Papaver somniferum - Opium : an extract from the sixth volume of the Dictionary of Economic Products of India
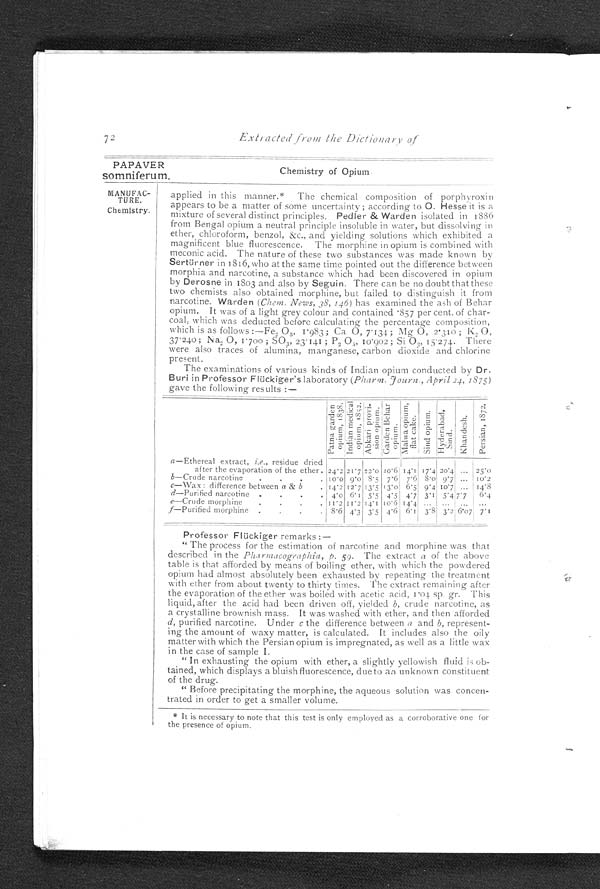
72
Extracted from the Dictionary of
PAPAVER
somniferum.
Chemistry of Opium
MANUFAC
-
TURE.
Chemistry.
applied in this manner.* The chemical composition of porphyroxin
appears to be a matter of some uncertainty ; according to 0. Hesse it is a
mixture of several distinct principles. Pedler & Warden isolated in 1886
from Bengal opium a neutral principle insoluble in water, but dissolving in
ether, chloroform, benzol, &c., and yielding solutions which exhibited a
magnificent blue fluorescence. The morphine in opium is combined with
meconic acid. The nature of these two substances was made known by
Sertürner in 1816, who at the same time pointed out the difference between
morphia and narcotine, a substance which had been discovered in opium
by Derosne in 1803 and also by Seguin. There can be no doubt that these
two chemists also obtained morphine, but failed to distinguish it from
narcotine. Warden (Chem. News, 38, 146) has examined the ash of Behar
opium. It was of a light grey colour and contained • 857 per cent. of char
- c o a 1 ; w h i c h w a s d e d u c t e d b e f o r e c a l c u l a t i n g t h e p e r c e n t a g e c o m p o s i t i o n ,
which is as follows :—Fe2 03, I • 9 8 3 ; C a O , 7 . 1 3 4 ; M g O , 2 . 3 1 0 ; K 2 0 ,
37.240; Na2 0, 1
; SO3, 23.141 ; P2, 05,1 0.
9 0 2 ; S i O 2 ,1
5 . 2 7 4 . T h e r e
were also traces of alumina, manganese, carbon dioxide and chlorine
present.
The examinations of various kinds of Indian opium conducted by Dr.
Buri in Professor Flückiger's laboratory (Pharm. Journ., April 24 , 1 8 7 5 )
gave the following results :—
P a t n a g a r d e n o p i u m , 1 8 3 8 .
I n d i a n m e d i c a l o p i u m , 1 8 5 2
A b k a r i p r o v i s i o n o p i u m .
G a r d e n B e h a r O p i u m .
M a l w a O p i u m f l a t c a k e .
S i n d o p i u m . Hy d e r a b a d Si n d .
K h a n d e s h
P e r s i a n , 1 8 7 2 .
a —Ethereal extract, i.e., residue dried
after the evaporation of the ether.
2 4 . 2 21.7 22.0 20.6 14.1 17.4 20.4 ... 25.0
b —Crude narcotine . . .
1 0 . 0
9 . 0
8 . 5
7 . 6
7 . 6 8.0
9 . 7 ... 10.2
c—Wax : difference between a & b
. 14.2 12.7
1 3 . 5
1 3 . 0
6 . 5 9.4
1 0 . 7 ... 14.8
d—Purified narcotine .
.
.
4 . 0 6.1 5.5 4.5 4.7 3.1
5 . 4 7.7 6.4
e—Crude morphine
.
.
.
.
1 1 . 2 11.2 14.1
1 0 . 6
1 4 . 4 ...
. . .
. . .
. . .
f—Purified morphine .
.
.
. 8.6 4.3 3.5 4.6
6 . 1 3.8 3.2
6 . 0 7
7.1
Professor Flückiger remarks :
—
" The process for the estimation of narcotine and morphine was that
described in the Pharmacographia, p. 59. The extract a of the above
table is that afforded by means of boiling ether, with which the powdered
opium had almost absolutely been exhausted by repeating the treatment
with ether from about twenty to thirty times. The extract remaining after
the evaporation of the ether was boiled with acetic acid, 1.04 sp. gr. This
liquid, after the acid had been driven off, yielded b, crude narcotine, as
a crystalline brownish mass. It was washed with ether, and then afforded
(d, purified narcotine. Under c the difference between a and b, represent--
ing the amount of waxy matter, is calculated. It includes also the oily
matter with which the Persian opium is impregnated, as well as a little wax
in the case of sample I.
" In exhausting the opium with ether, a slightly yellowish fluid is ob-
tained, which displays a bluish fluorescence, due to an unknown constituent
of the drug.
" Before precipitating the morphine, the aqueous solution was concen-
trated in order to get a smaller volume.
* It is necessary to note that this test is only employed as a corroborative one for
the presence of opium.